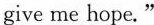
give me hope."